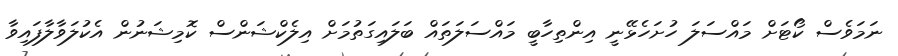
ނަމަވެސް ކޯޓަށް މައްސަލަ ހުށަހެޅޭނީ އިންތިހާބީ މައްސަލަތައް ބަލައިގަތުމަށް އިލެކްޝަންސް ކޮމިޝަނުން އެކުލަވާލާފައިވާ